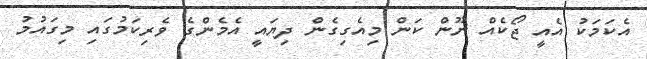
އެކަމަކު އެއީ ޖޯކެއް ނޫން ކަން މިއެގިގެން ދިޔައީ އެމެންގެ ވެރިކަމުގައި މިގައުމު